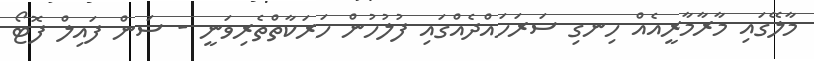
މާލޭގައި މާރާމާރީއެއް ހިނގި ސަރަހައްދެއްގައި ފުލުހުން ހަރަކާތްތެރިވަނީ - ސަން ފައިލް ފޮޓޯ